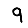
Digit: 9